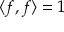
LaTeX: \langle f , f \rangle = 1